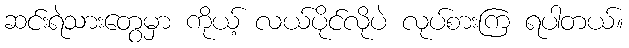
ဆင်းရဲသားတွေမှာ ကိုယ့် လယ်ပိုင်လိုပဲ လုပ်စားကြ ရပါတယ်။